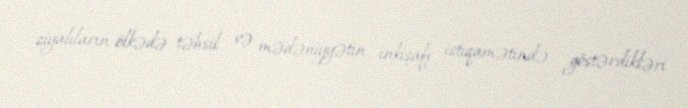
ziyalıların ölkədə təhsil və mədəniyyətin inkişafı istiqamətində göstərdikləri